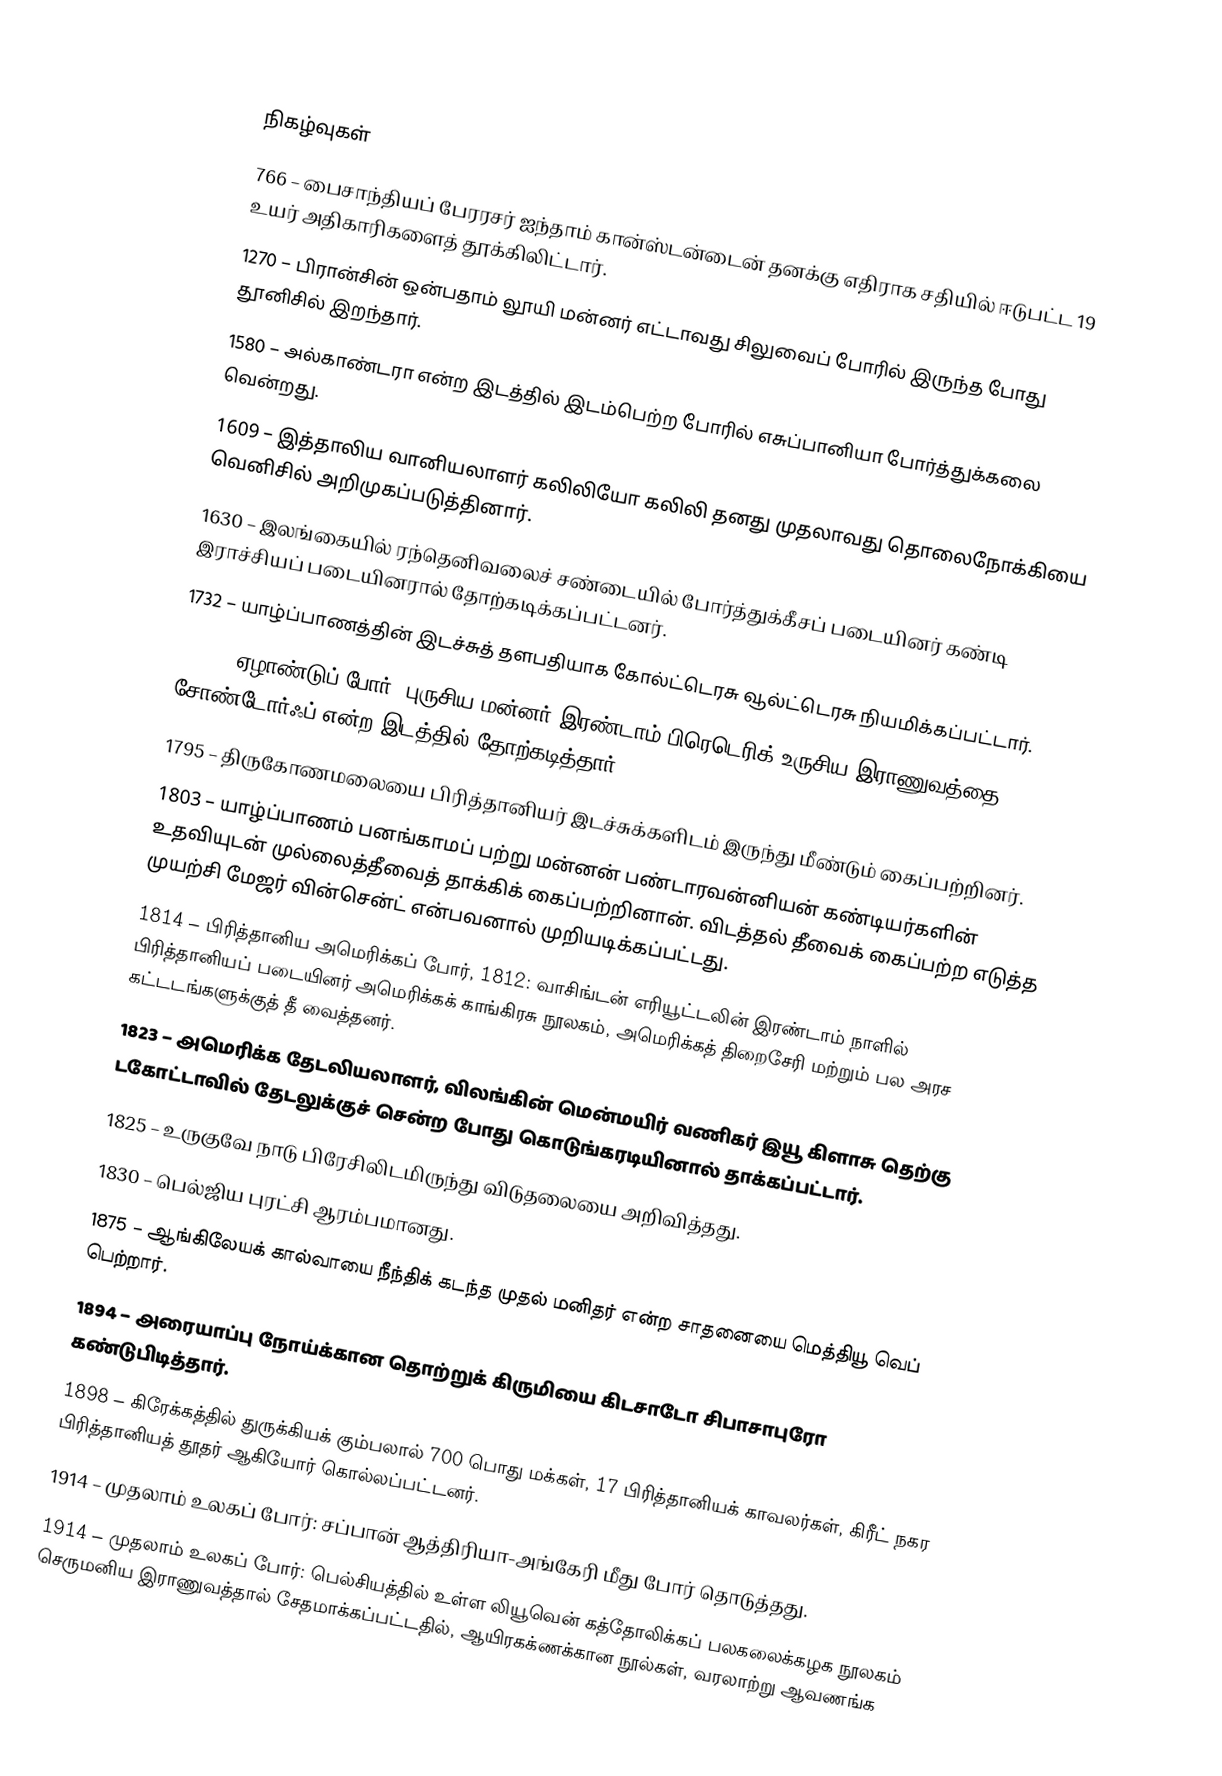

நிகழ்வுகள்
766 – பைசாந்தியப் பேரரசர் ஐந்தாம் கான்ஸ்டன்டைன் தனக்கு எதிராக சதியில் ஈடுபட்ட 19 உயர் அதிகாரிகளைத் தூக்கிலிட்டார்.
1270 – பிரான்சின் ஒன்பதாம் லூயி மன்னர் எட்டாவது சிலுவைப் போரில் இருந்த போது தூனிசில் இறந்தார்.
1580 – அல்காண்டரா என்ற இடத்தில் இடம்பெற்ற போரில் எசுப்பானியா போர்த்துக்கலை வென்றது.
1609 – இத்தாலிய வானியலாளர் கலிலியோ கலிலி தனது முதலாவது தொலைநோக்கியை வெனிசில் அறிமுகப்படுத்தினார்.
1630 – இலங்கையில் ரந்தெனிவலைச் சண்டையில் போர்த்துக்கீசப் படையினர் கண்டி இராச்சியப் படையினரால் தோற்கடிக்கப்பட்டனர்.
1732 – யாழ்ப்பாணத்தின் இடச்சுத் தளபதியாக கோல்ட்டெரசு வூல்ட்டெரசு நியமிக்கப்பட்டார்.
1758 – ஏழாண்டுப் போர்: புருசிய மன்னர் இரண்டாம் பிரெடெரிக் உருசிய இராணுவத்தை சோண்டோர்ஃப் என்ற இடத்தில் தோற்கடித்தார்.
1795 – திருகோணமலையை பிரித்தானியர் இடச்சுக்களிடம் இருந்து மீண்டும் கைப்பற்றினர்.
1803 – யாழ்ப்பாணம் பனங்காமப் பற்று மன்னன் பண்டாரவன்னியன் கண்டியர்களின் உதவியுடன் முல்லைத்தீவைத் தாக்கிக் கைப்பற்றினான். விடத்தல் தீவைக் கைப்பற்ற எடுத்த முயற்சி மேஜர் வின்சென்ட் என்பவனால் முறியடிக்கப்பட்டது.
1814 – பிரித்தானிய அமெரிக்கப் போர், 1812: வாசிங்டன் எரியூட்டலின் இரண்டாம் நாளில் பிரித்தானியப் படையினர் அமெரிக்கக் காங்கிரசு நூலகம், அமெரிக்கத் திறைசேரி மற்றும் பல அரச கட்டடங்களுக்குத் தீ வைத்தனர்.
1823 – அமெரிக்க தேடலியலாளர், விலங்கின் மென்மயிர் வணிகர் இயூ கிளாசு தெற்கு டகோட்டாவில் தேடலுக்குச் சென்ற போது கொடுங்கரடியினால் தாக்கப்பட்டார்.
1825 – உருகுவே நாடு பிரேசிலிடமிருந்து விடுதலையை அறிவித்தது.
1830 – பெல்ஜிய புரட்சி ஆரம்பமானது.
1875 – ஆங்கிலேயக் கால்வாயை நீந்திக் கடந்த முதல் மனிதர் என்ற சாதனையை மெத்தியூ வெப் பெற்றார்.
1894 – அரையாப்பு நோய்க்கான தொற்றுக் கிருமியை கிடசாடோ சிபாசாபுரோ கண்டுபிடித்தார்.
1898 – கிரேக்கத்தில் துருக்கியக் கும்பலால் 700 பொது மக்கள், 17 பிரித்தானியக் காவலர்கள், கிரீட் நகர பிரித்தானியத் தூதர் ஆகியோர் கொல்லப்பட்டனர்.
1914 – முதலாம் உலகப் போர்: சப்பான் ஆத்திரியா-அங்கேரி மீது போர் தொடுத்தது.
1914 – முதலாம் உலகப் போர்: பெல்சியத்தில் உள்ள லியூவென் கத்தோலிக்கப் பலகலைக்கழக நூலகம் செருமனிய இராணுவத்தால் சேதமாக்கப்பட்டதில், ஆயிரகக்ணக்கான நூல்கள், வரலாற்று ஆவணங்க